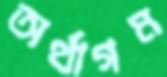
অর্থাগম